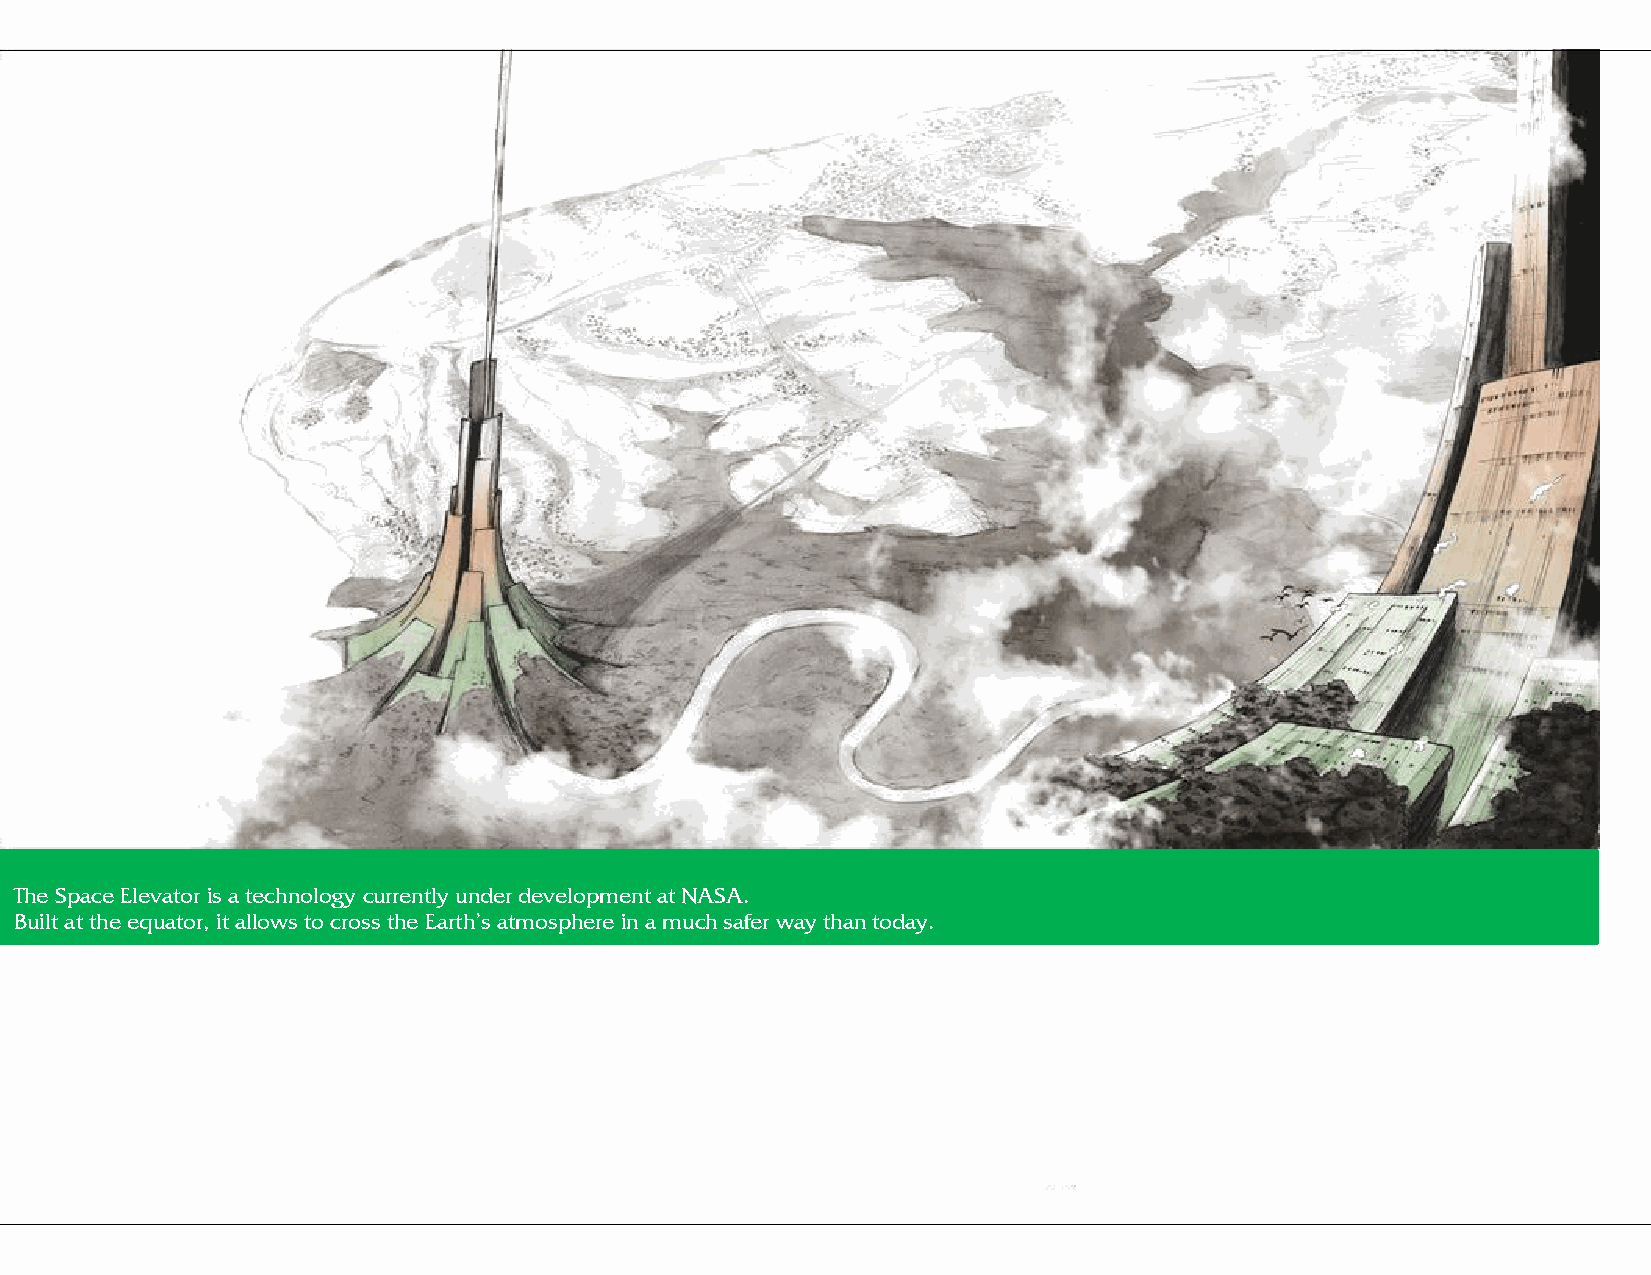
The Space Elevator is a technology currently under development at NASA.
 Built at the equator, it allows to cross the Earth's atmosphere in a much safer way than today.
 Saraba | Issue 13 | Africa                                  58